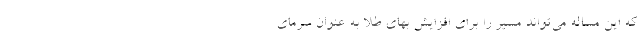
که این مساله می‌تواند مسیر را برای افزایش بهای طلا به عنوان سرمای